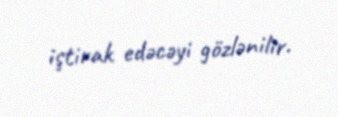
iştirak edəcəyi gözlənilir.